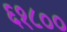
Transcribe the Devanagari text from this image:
६१८००